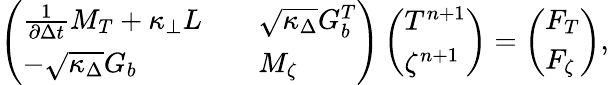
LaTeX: \left(\begin{array}{lll}{\frac{1}{\partial\Delta t}M_{T}+\kappa_{\perp}L}&&{\sqrt{\kappa_{\Delta}}G_{b}^{T}}\\ {-\sqrt{\kappa_{\Delta}}G_{b}}&&{M_{\zeta}}\end{array}\right)\left(\begin{array}{l}{T^{n+1}}\\ {\zeta^{n+1}}\end{array}\right)=\left(\begin{array}{l}{F_{T}}\\ {F_{\zeta}}\end{array}\right),